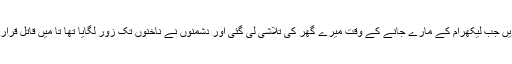
(5) پانچویں جب لیکھرام کے مارے جانے کے وقت میرے گھر کی تلاشی لی گئی اور دشمنوں نے ناخنوں تک زور لگایا تھا تا مَیں قاتل قرار دیا جاؤں۔